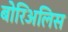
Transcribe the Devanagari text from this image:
बोरिअलिस